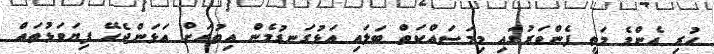
ހުރި އެންމެ މަތީ ފެންވަރުގައި މިމަސައްކަތް ބަލައި އަޅުގަނޑުމެން އިތުރަށް އަޅަންޖެހޭ ފިޔަވަޅުތައް